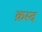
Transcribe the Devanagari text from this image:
क़स्द